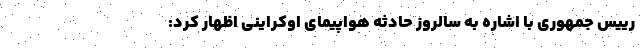
رییس جمهوری با اشاره به سالروز حادثه هواپیمای اوکراینی اظهار کرد: